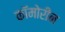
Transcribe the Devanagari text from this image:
कॉमोरीन